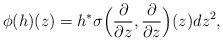
LaTeX: \begin{align*} \phi(h)(z) = h^*\sigma\Big (\frac{\partial}{\partial z},\frac{\partial}{\partial z}\Big )(z)dz^2,\end{align*}